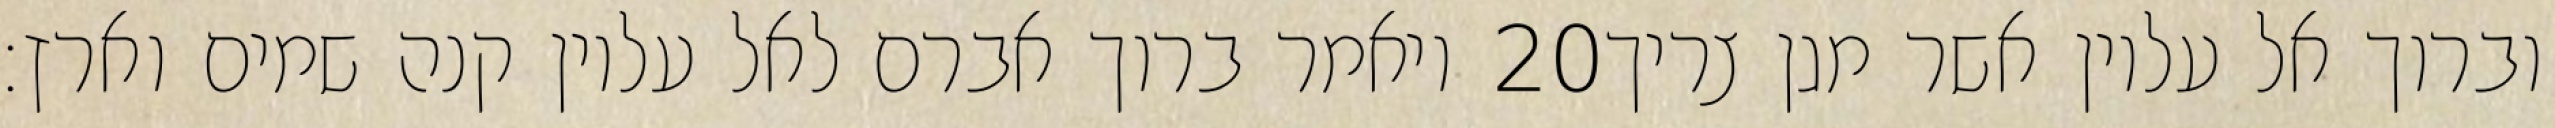
ויאמר ברוך אברם לאל עליון קנה שמים וארץ׃ ‎20‏ וברוך אל עליון אשר מגן צריך